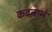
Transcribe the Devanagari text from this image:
कवनाने